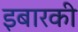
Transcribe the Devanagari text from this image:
इबारकी